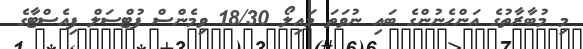
މި މުބާރާތުގެ އަންހެނުންގެ ބައި ނުވަތަ މައިލޯ 18/30 ވިމެންސް ފުޓްސަލް ފިއެސްޓާގެ